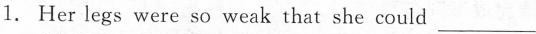
1.Her legs were so weak that she could ___